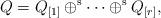
LaTeX: \begin{align*} Q=Q_{[1]}\oplus^{\operatorname{s}} \cdots \oplus^{\operatorname{s}} Q_{[r]},\end{align*}